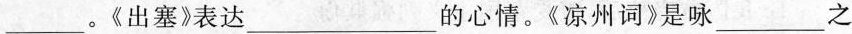
___。《出塞》表达___的心情。《凉州词》